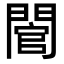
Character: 䦡